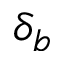
\delta _ { b }